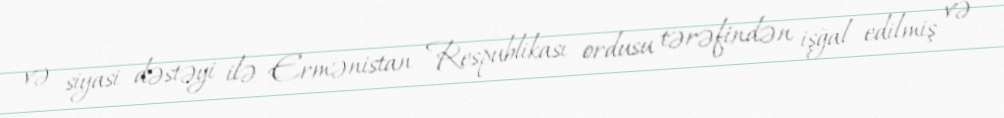
və siyasi dəstəyi ilə Ermənistan Respublikası ordusu tərəfindən işğal edilmiş və